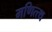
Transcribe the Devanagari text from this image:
मणित्त्थ